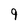
Character: 9